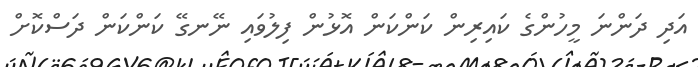
އަދި ދަންނަ މީހުންގެ ކައިރިން ކަންކަން އޮޅުން ފިލުވައި ނޭނގޭ ކަންކަން ދަސްކޮށް